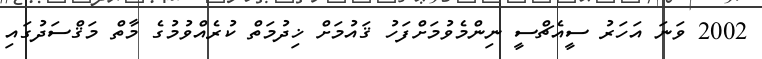
2002 ވަނަ އަހަރު ސީއެޗްސީ ނިންމެވުމަށްފަހު ޤައުމަށް ޚިދުމަތް ކުރެއްވުމުގެ މާތް މަޤްސަދުގައި